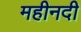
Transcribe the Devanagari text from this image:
महीनदी